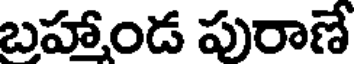
బహాండ పురాణే